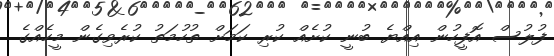
ފުލުސް އޮފީހުން އިއްޔެ ބުނީ ކުށެއް ކުރި ކަމަށް ތުހުމަތު ކުރެވިގެން މީހެއްގެ